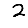
Digit: 2